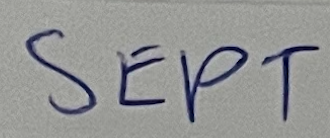
SEPT